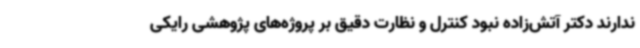
ندارند دکتر آتش‌زاده نبود کنترل و نظارت دقیق بر پروژه‌های پژوهشی رایکی